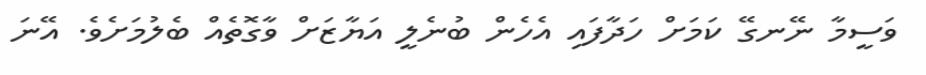
ވަސީމާ ނޭނގޭ ކަމަށް ހަދާފައި އެހެން ބުނެލީ އަޔާޒަށް ވާގޮތެއް ބެލުމަށެވެ. އޭނަ